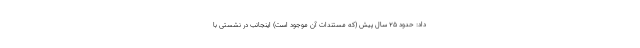
داد: حدود ۲۵ سال پیش (که مستندات آن موجود است) اینجانب در نشستی با